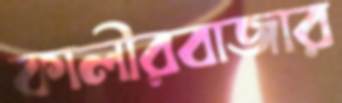
কালীরবাজার